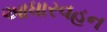
આધારવહન